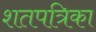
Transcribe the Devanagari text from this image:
शतपत्रिका